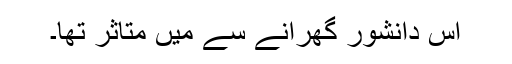
اس دانشور گھرانے سے میں متاثر تھا۔